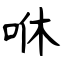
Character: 咻